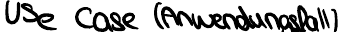
Use Case (Anwendungsfall)